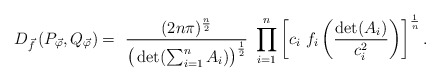
\begin{align*}D_{\vec f} \left(P_{\vec \varphi} , Q_{\vec \varphi} \right) = \ \frac{( 2 n \pi)^{\frac{n}{2}}}{ \big( \det( \sum_{i=1}^n A_i) \big)^{\frac{1}{2}}} \ \prod_{i=1}^{n} \left[ c_i \ f_i \left( \frac{\det(A_i) }{c_i^{2}} \right) \right]^{\frac{1}{n}}.\end{align*}